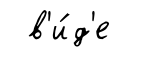
в'и́д'е